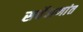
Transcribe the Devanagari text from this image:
सर्वेक्षणांत